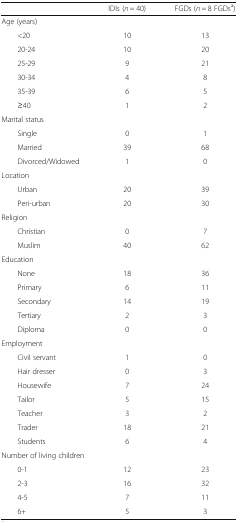
<table><thead><tr><td></td><td><b>IDIs (<i>n</i> = 40)</b></td><td><b>FGDs (<i>n</i> = 8 FGDs<sup>a</sup>)</b></td></tr></thead><tbody><tr><td colspan="3">Age (years)</td></tr><tr><td>&lt;20</td><td>10</td><td>13</td></tr><tr><td>20-24</td><td>10</td><td>20</td></tr><tr><td>25-29</td><td>9</td><td>21</td></tr><tr><td>30-34</td><td>4</td><td>8</td></tr><tr><td>35-39</td><td>6</td><td>5</td></tr><tr><td>≥40</td><td>1</td><td>2</td></tr><tr><td colspan="3">Marital status</td></tr><tr><td>Single</td><td>0</td><td>1</td></tr><tr><td>Married</td><td>39</td><td>68</td></tr><tr><td>Divorced/Widowed</td><td>1</td><td>0</td></tr><tr><td colspan="3">Location</td></tr><tr><td>Urban</td><td>20</td><td>39</td></tr><tr><td>Peri-urban</td><td>20</td><td>30</td></tr><tr><td colspan="3">Religion</td></tr><tr><td>Christian</td><td>0</td><td>7</td></tr><tr><td>Muslim</td><td>40</td><td>62</td></tr><tr><td colspan="3">Education</td></tr><tr><td>None</td><td>18</td><td>36</td></tr><tr><td>Primary</td><td>6</td><td>11</td></tr><tr><td>Secondary</td><td>14</td><td>19</td></tr><tr><td>Tertiary</td><td>2</td><td>3</td></tr><tr><td>Diploma</td><td>0</td><td>0</td></tr><tr><td colspan="3">Employment</td></tr><tr><td>Civil servant</td><td>1</td><td>0</td></tr><tr><td>Hair dresser</td><td>0</td><td>3</td></tr><tr><td>Housewife</td><td>7</td><td>24</td></tr><tr><td>Tailor</td><td>5</td><td>15</td></tr><tr><td>Teacher</td><td>3</td><td>2</td></tr><tr><td>Trader</td><td>18</td><td>21</td></tr><tr><td>Students</td><td>6</td><td>4</td></tr><tr><td colspan="3">Number of living children</td></tr><tr><td>0-1</td><td>12</td><td>23</td></tr><tr><td>2-3</td><td>16</td><td>32</td></tr><tr><td>4-5</td><td>7</td><td>11</td></tr><tr><td>6+</td><td>5</td><td>3</td></tr></tbody></table>